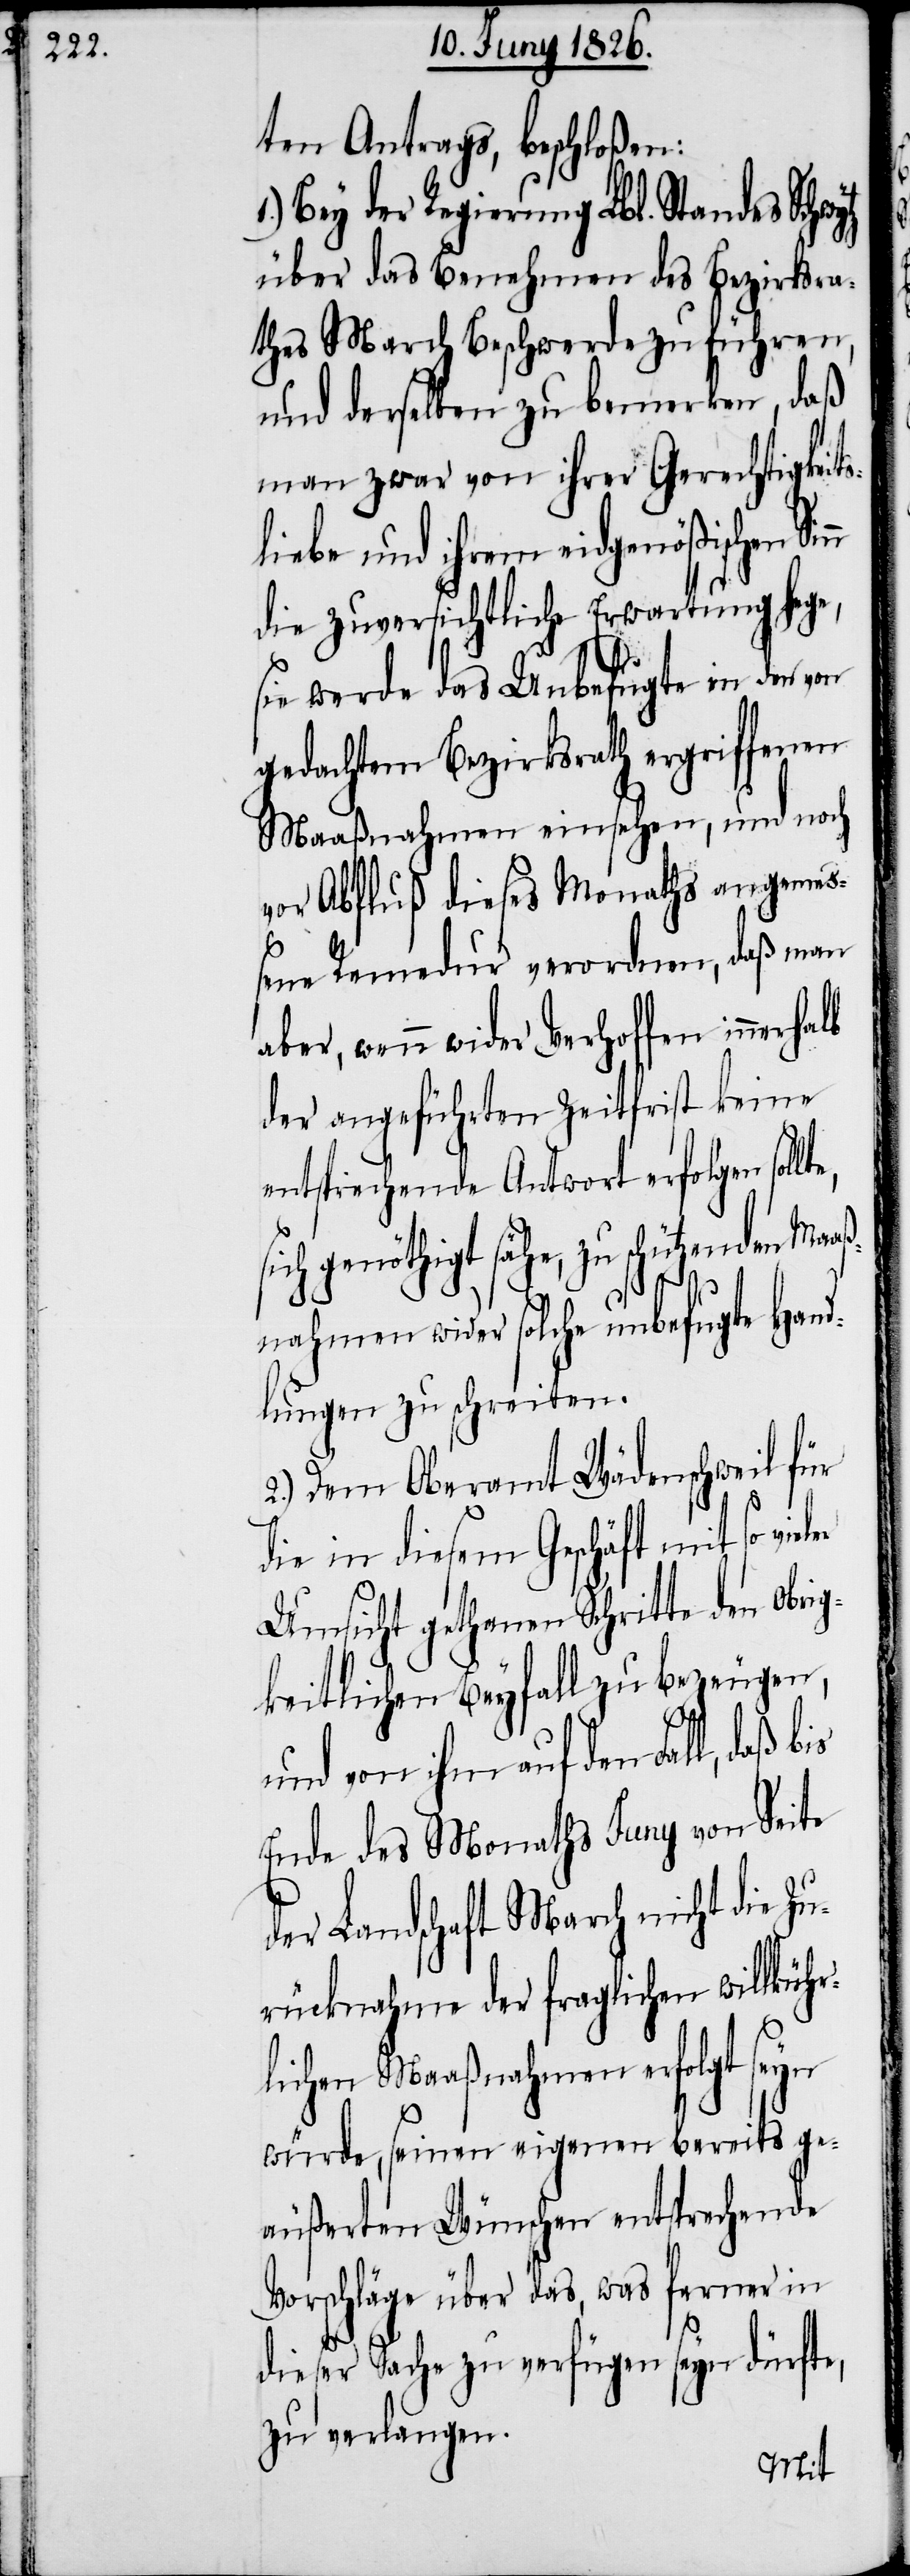
ten Antrags, beschloßen:
1.) Bey der Regierung des Lbl. Standes
über das Benehmen des Bezirksra¬
thes March Beschwerde zu führen,
und derselben zu bemerken, daß
man zwar von ihrer Gerechtigkeits¬
liebe und ihrem eidgenößischen
die zuversichtliche Erwartung hege,
sie werde das Unbefugte in den von
gedachtem Bezirksrath ergriffenen
Maaßnahmen einsehen, und noch
vor Abfluß dieses Monaths angemeß¬
ene Remedur verordnen, daß man
aber, wenn wider Verhoffen
der angeführten Zeitfrist keine
entsprechende Antwort erfolgen
sich genöthigt sähe, zu schützenden Maaß¬
nahmen wider solche unbefugte Hand¬
lungen zu schreiten.
2.) Dem Oberamt Wädenschweil für
die in diesem Geschäft mit so
Umsicht gethanen Schritte den obrig¬
keitlichen Beyfall zu bezeugen,
und von ihm auf den Fall, daß bis
Ende des Monaths Juny von Seite
der Landschaft March nicht die Zu¬
rücknahme der fraglichen willkür¬
lichen Maaßnahmen erfolgt seyn
würde, seinen eigenen bereits ge¬
äußerten Wünschen entsprechende
Vorschläge über das, was ferner in
dieser Sache zu verfügen seyn dürfte,
zu verlangen.